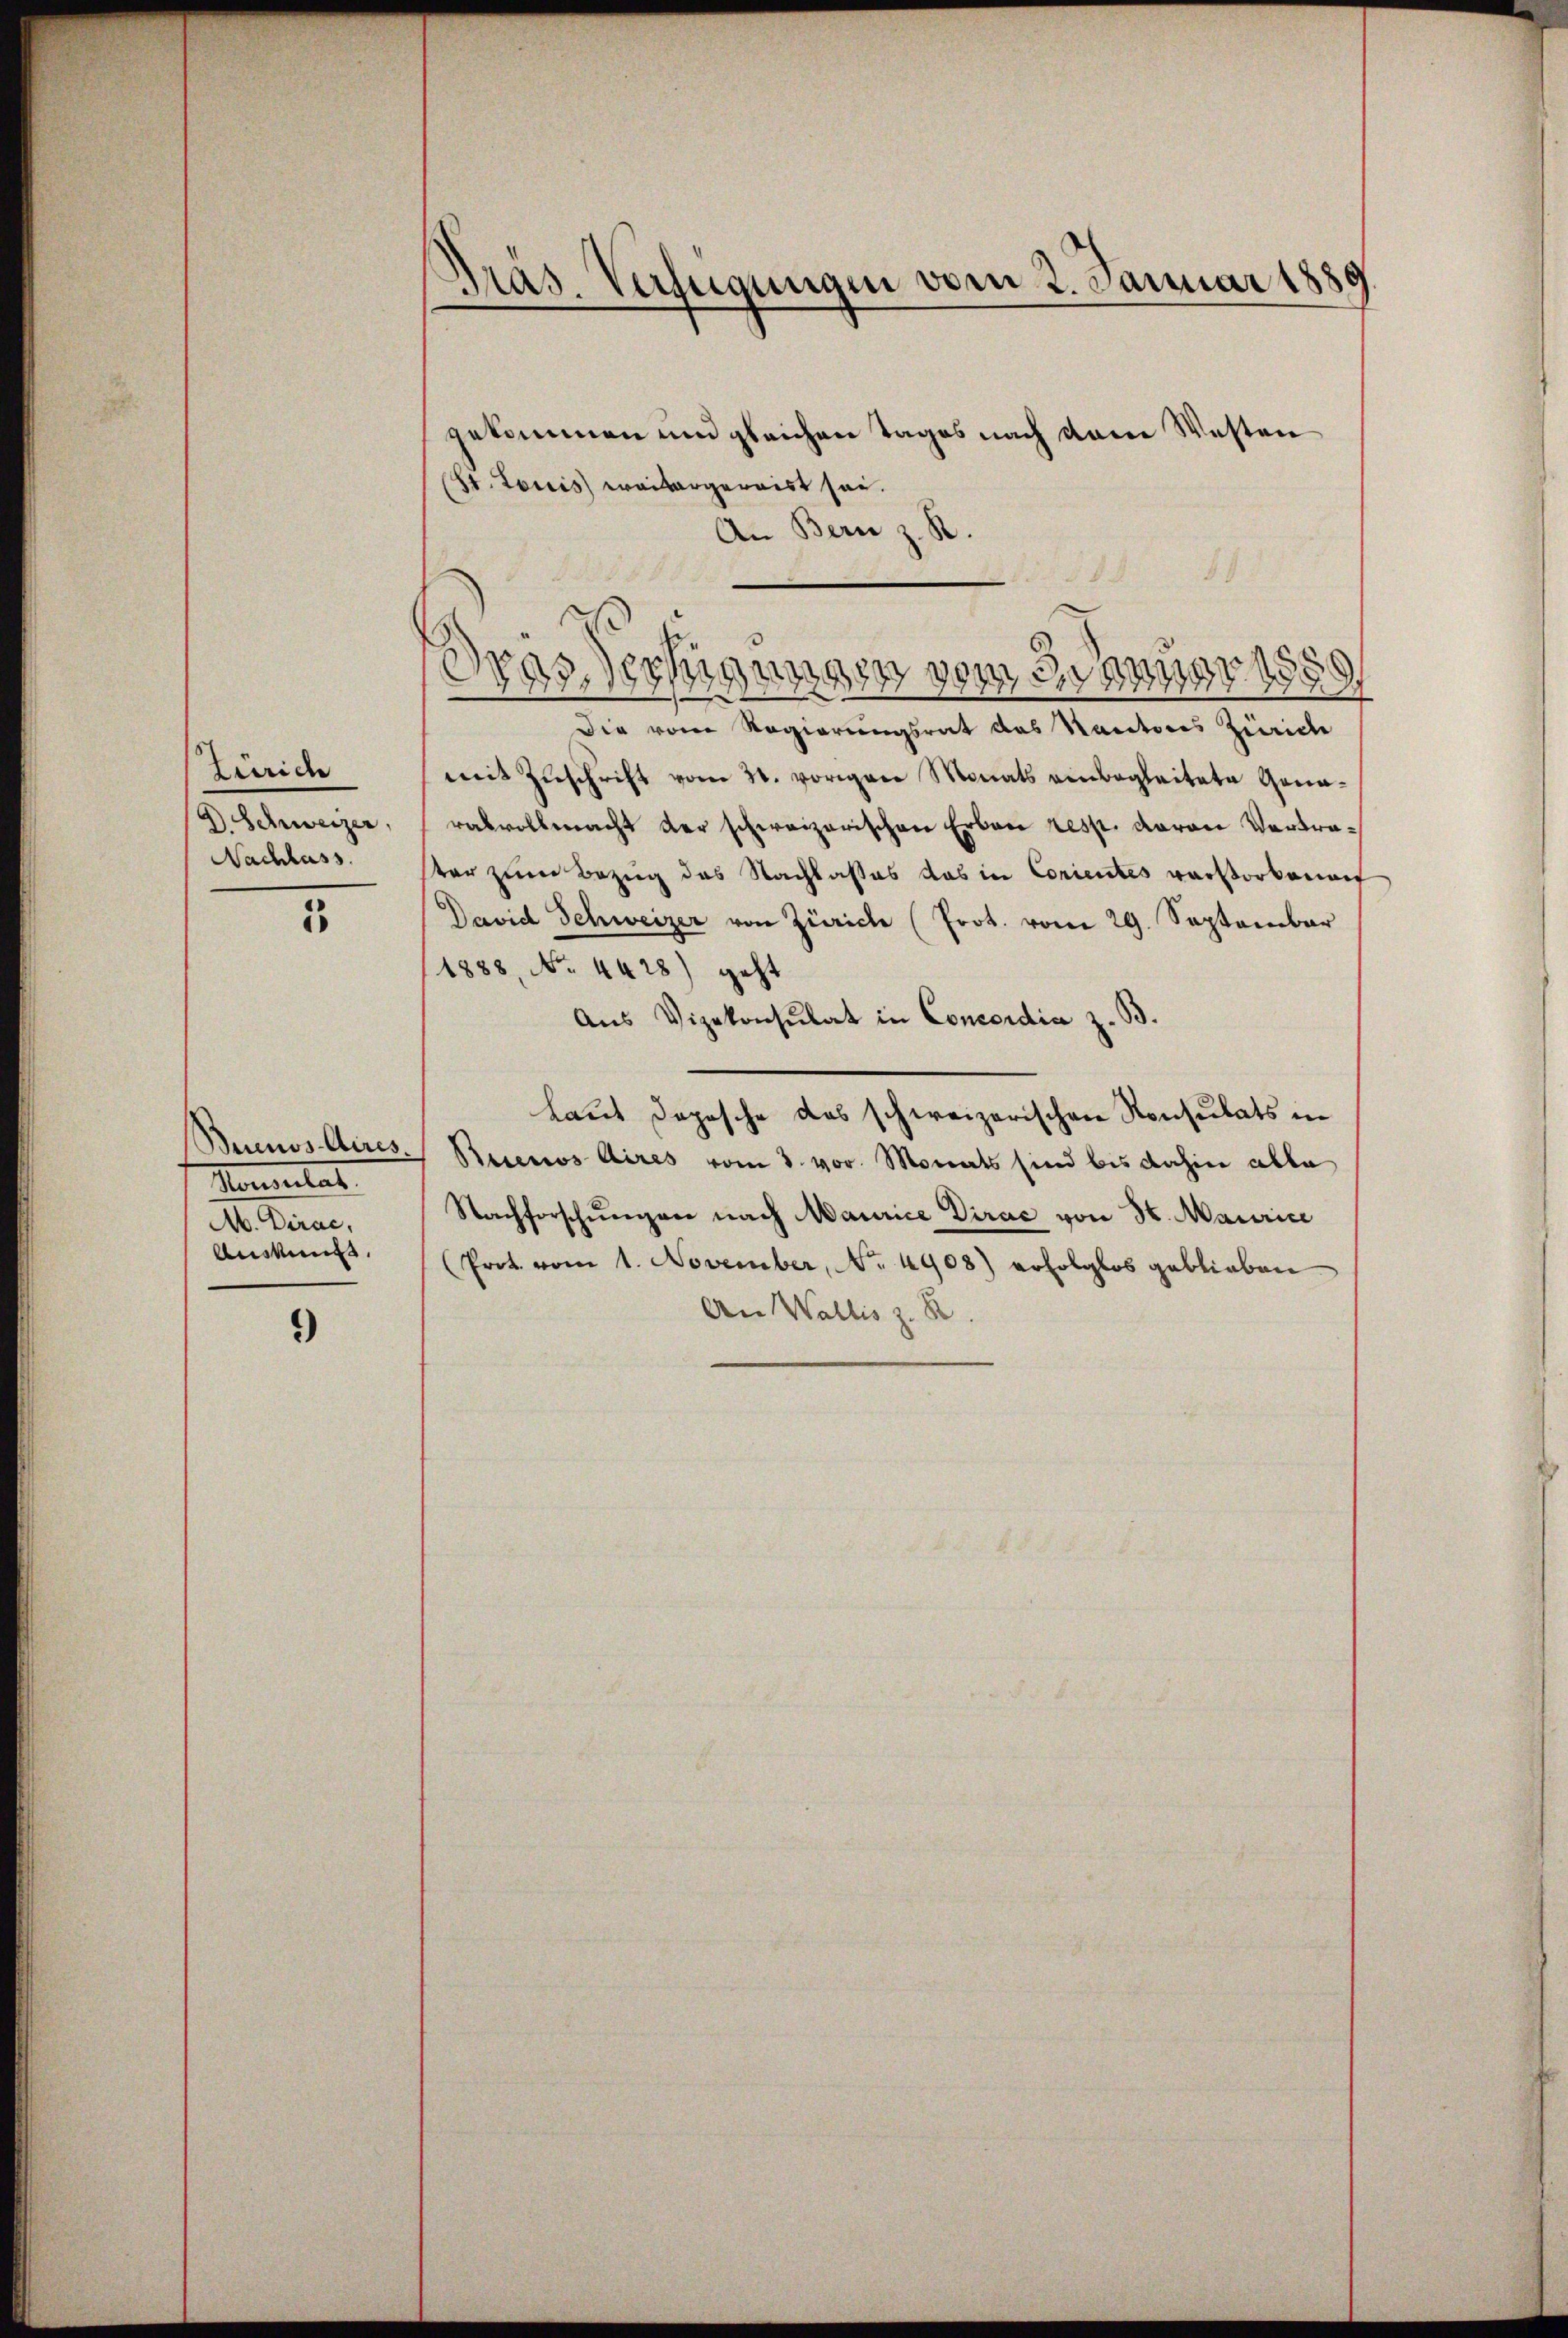
Zürich
A. Schweizer,
Nachlass.

5

Buenos Aires.
Konsulat
A. Dirac,
Ausweis

*)

Pras. Verfügungen vom 2. Januar 1885

gekommen und gleichen Tages nach dem Westen
(St. Louis weitergernist sei.
An Bern z. R.
8
s
Die vom Regierungsrat das Rectores Zürich
mit Zuschrift vom 21. vorigen Monats einbegleitete Genarabvollmacht der schweizerischen Erbau resp. davon Vortratar zum Bezug des Nachlaßes das in Corientes warstorbenen
David Schweizer von Zürich (Prot. vom 29. September
1888, No. 4428) geht
Aus Vizekonsulat in Concordia z. B.
Laut dopos.
je das schweizerischen Konsulats in
Beienos Aires vom 3. vor. Monats sind bis dahin abla
Nachforschungen nach Maurice Dirac von St. Maurice
(Prot. vom 1. November, No. 4908) erfolglos geblieben
An Wallis z. B.

29.
1
)
¬
2
23, 1881
288890m3,10458
1